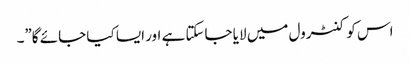
اس کو کنٹرول میں لایا جاسکتا ہے اور ایسا کیا جائے گا”۔